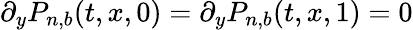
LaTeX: \partial_{y}P_{n,b}(t,x,0)=\partial_{y}P_{n,b}(t,x,1)=0